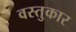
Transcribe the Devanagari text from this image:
वस्तुकार